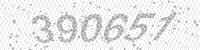
Solution: 390657